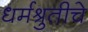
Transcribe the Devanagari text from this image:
धर्मश्रुतीचे